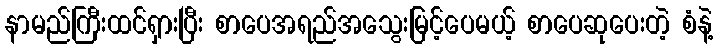
နာမည်ကြီးထင်ရှားပြီး စာပေအရည်အသွေးမြင့်ပေမယ့် စာပေဆုပေးတဲ့ စံနဲ့